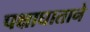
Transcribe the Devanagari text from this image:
पक्षाघाताने